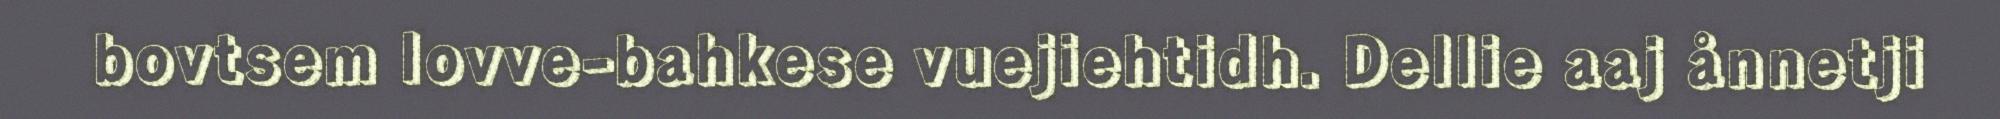
bovtsem lovve-bahkese vuejiehtidh. Dellie aaj ånnetji